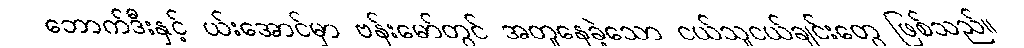
ဘောက်ဒီးနှင့် ယ်းအောင်မှာ ဗန်းမော်တွင် အတူနေခဲ့သော ငယ်သူငယ်ချင်းတွေ ဖြစ်သည်။